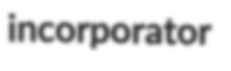
incorporator